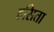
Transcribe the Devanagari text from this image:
हसिता